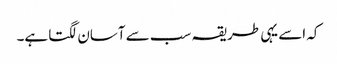
کہ اسے یہی طریقہ سب سے آسان لگتا ہے۔